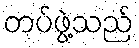
တပ်ဖွဲ့သည်